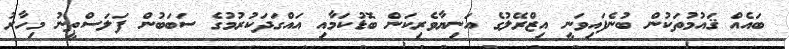
ބައެއް ޤައުމުތަކުން ބުނެފައިވަނީ އިޒްރޭލުގެ އަނިޔާވެރިކަން ބޮޑުކަމާއި އައްގަދަކުރުމުގެ ސަބަބުން ފަލަސްޠީނު މިހާރު